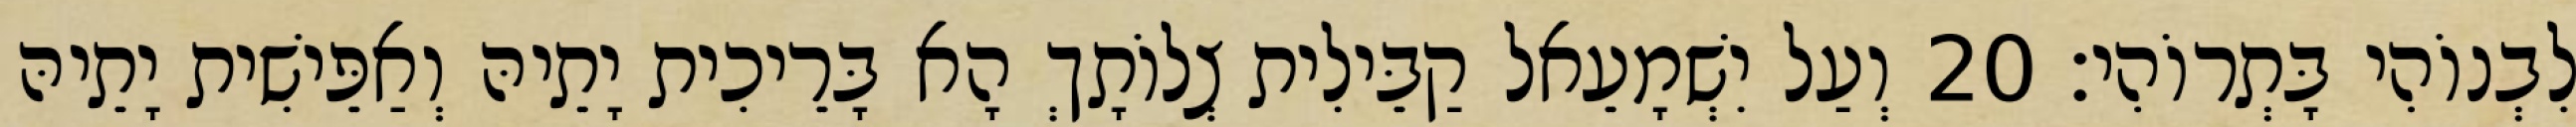
לִבְנוֹהִי בָּתְרוֹהִי׃ 20 וְעַל יִשְׁמָעֵאל קַבֵּילִית צְלוֹתָךְ הָא בָּרֵיכִית יָתֵיהּ וְאַפֵּישִׁית יָתֵיהּ